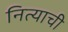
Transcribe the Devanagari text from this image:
नित्याची